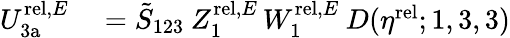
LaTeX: \begin{array}{rl}{U_{\mathrm{3a}}^{\mathrm{rel},E}}&{{}=\tilde{S}_{123}\: Z_{1}^{\mathrm{rel},E}\, W_{1}^{\mathrm{rel},E}\: D(\eta^{\mathrm{rel}};1,3,3)}\end{array}